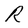
Character: R